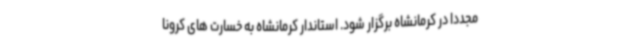
مجددا در کرمانشاه برگزار شود. استاندار کرمانشاه به خسارت های کرونا